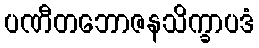
ပဏီတဘောဇနသိက္ခာပဒံ